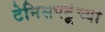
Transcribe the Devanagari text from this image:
टेनिसपटूंच्या